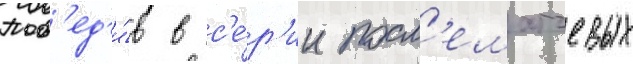
Поб'ед'и́в в с'е́р'ии посл'ематчевых